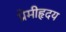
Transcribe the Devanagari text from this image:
प्रेमीहृदय